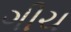
ગીચ